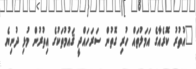
"އުތުރު ކޮރެއާގެ އަމަލުތައް ހުރި ގޮތުން ސަރަހައްދީ ޤައުމުތަކުގެ އިތުރުން މުޅި ދުނިޔެ